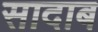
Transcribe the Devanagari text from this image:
सादाब